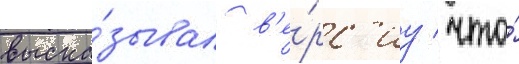
выска́зывал в'е́рс'иу / что́